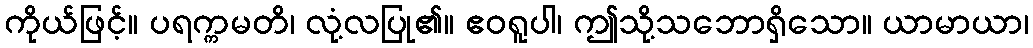
ကိုယ်ဖြင့်။ ပရက္ကမတိ၊ လုံ့လပြု၏။ ဧဝရူပါ၊ ဤသို့သဘောရှိသော။ ယာမာယာ၊